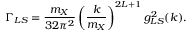
\Gamma _ { L S } = { \frac { m _ { X } } { 3 2 \pi ^ { 2 } } } \left( { \frac { k } { m _ { X } } } \right) ^ { 2 L + 1 } g _ { L S } ^ { 2 } ( k ) .